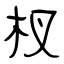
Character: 杈